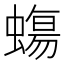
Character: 𧐀